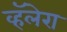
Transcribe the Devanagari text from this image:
व्हॅलेरा